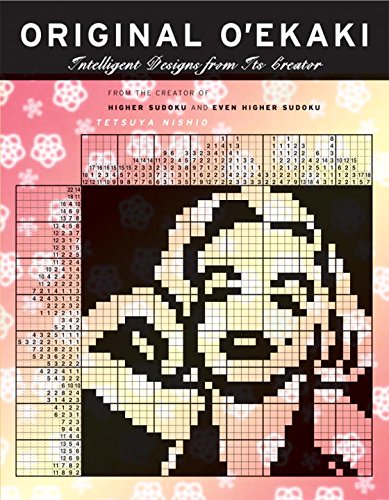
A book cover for Original O'Ekaki: Intelligent Designs from Its Creator; Tetsuya Nishio; Humor & Entertainment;